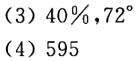
（3）$40\%,72^{\circ}$
（4）$595$